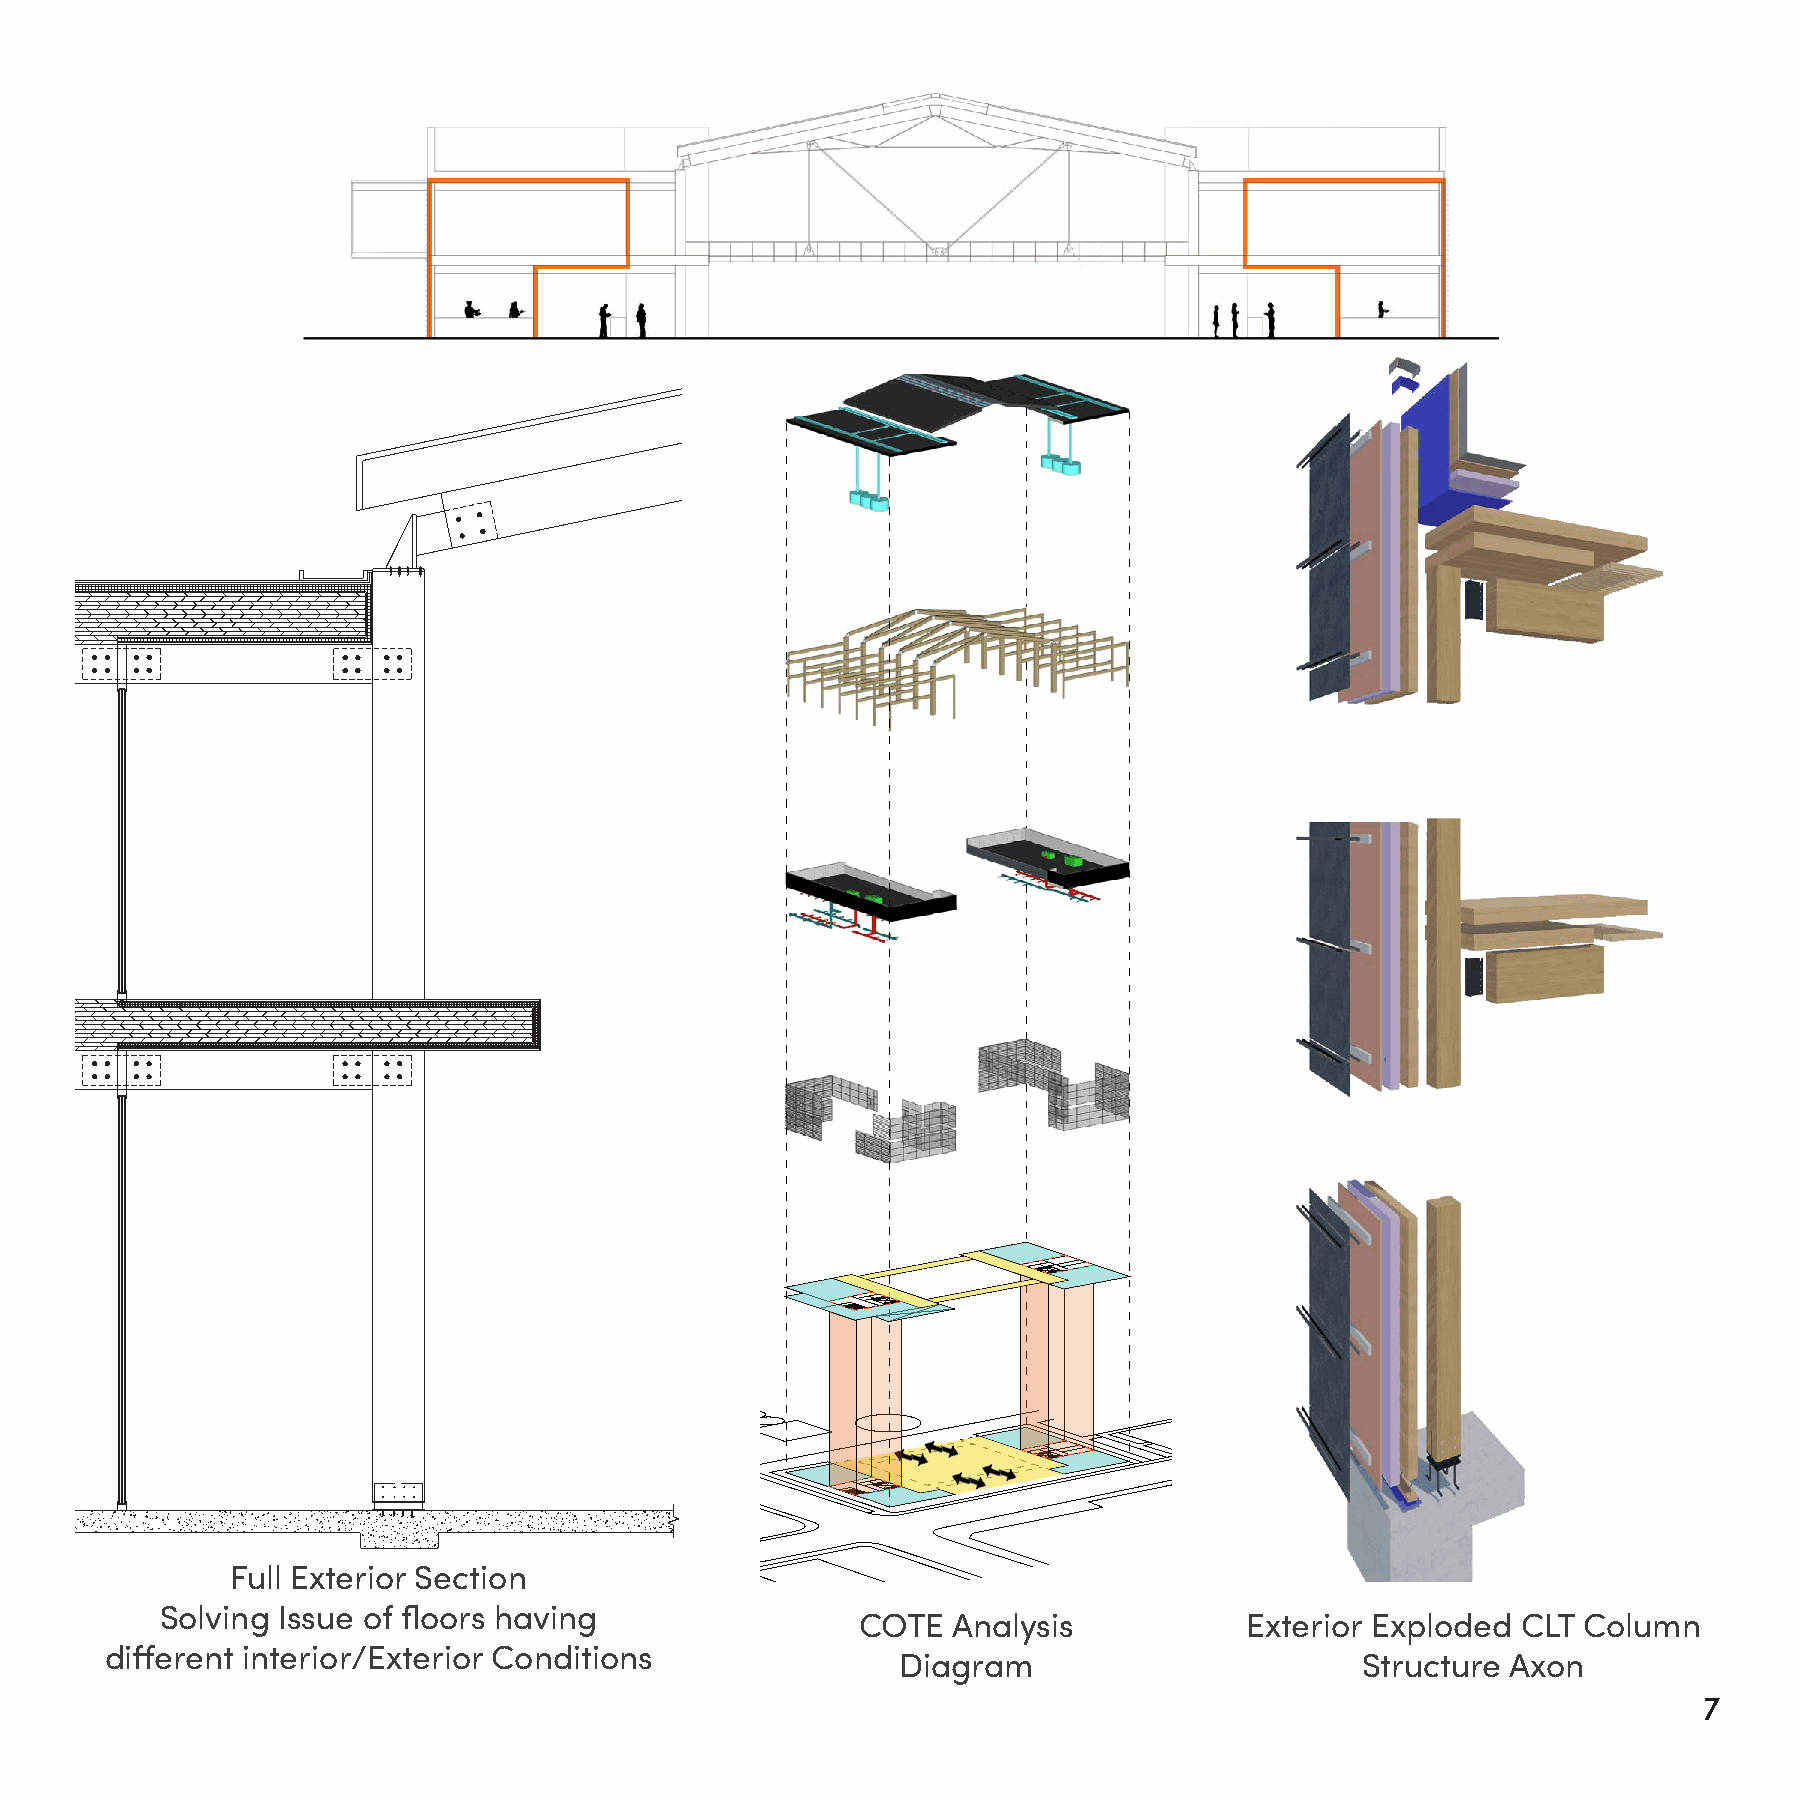
Full Exterior Section
 Solving Issue of floors having
 COTE  Analysis           Exterior Exploded  CLT Column
 different interior/Exterior Conditions
 Diagram                        Structure Axon
 6                                                                                                                7